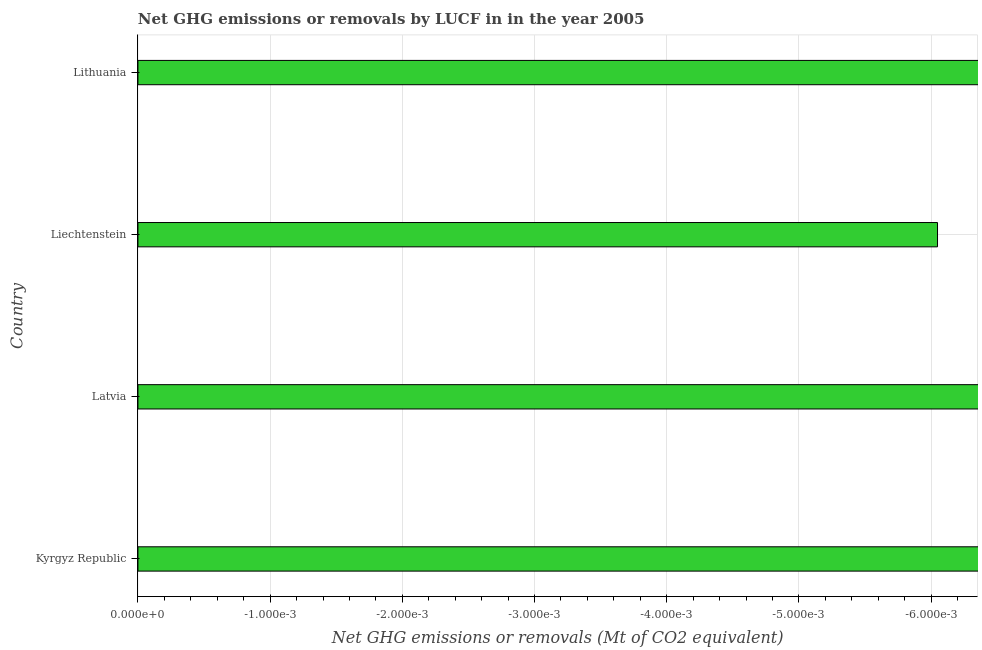
| Country | GHG net emissions or removals |
 | --- | --- |
 | Kyrgyz Republic | -0.688 |
 | Latvia | -17.1 |
 | Liechtenstein | -0.00605 |
 | Lithuania | -3.27 |